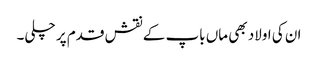
ان کی اولاد بھی ماں باپ کے نقش قدم پر چلی۔